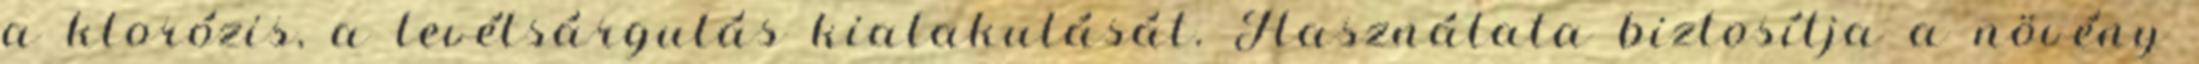
a klorózis, a levélsárgulás kialakulását. Használata biztosítja a növény